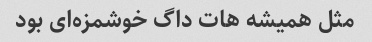
مثل همیشه هات داگ خوشمزه‌ای بود